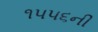
૧૫૫૬ની